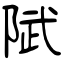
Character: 陚